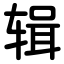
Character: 辑